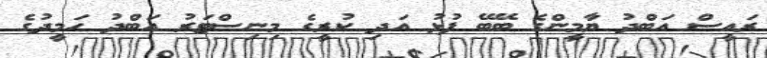
ރައީސް އަބްދު ޔާމީންގެ ބޭބޭ ފުޅު އަދި ކުރީގެ މިނިސްޓަރު އަބްދު ހަމީދުގެ